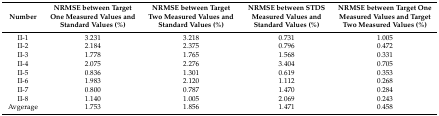
| Number | NRMSE between Target One Measured Values and Standard Values (%) | NRMSE between Target Two Measured Values and Standard Values (%) | NRMSE between STDS Measured Values and Standard Values (%) | NRMSE between Target One Measured Values and Target Two Measured Values (%) |
 | --- | --- | --- | --- | --- |
 | II-1 | 3.231 | 3.218 | 0.731 | 1.005 |
 | II-2 | 2.184 | 2.375 | 0.796 | 0.472 |
 | II-3 | 1.778 | 1.765 | 1.568 | 0.331 |
 | II-4 | 2.075 | 2.276 | 3.404 | 0.705 |
 | II-5 | 0.836 | 1.301 | 0.619 | 0.353 |
 | II-6 | 1.983 | 2.120 | 1.112 | 0.268 |
 | II-7 | 0.800 | 0.787 | 1.470 | 0.284 |
 | II-8 | 1.140 | 1.005 | 2.069 | 0.243 |
 | Avgerage | 1.753 | 1.856 | 1.471 | 0.458 |